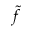
\widetilde f